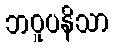
ဘဝူပနိသာ